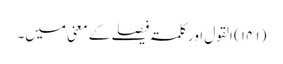
(۱۴۱)	القول اور کلمۃ فیصلے کے معنی میں۔